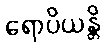
ရောပိယန္တိ